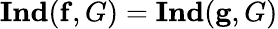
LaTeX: \mathbf{Ind}(\mathbf{f},G)=\mathbf{Ind}(\mathbf{g},G)